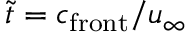
\Tilde { t } = c _ { \mathrm { f r o n t } } / u _ { \infty }